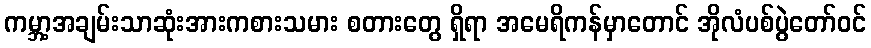
ကမ္ဘာ့အချမ်းသာဆုံးအားကစားသမား စတားတွေ ရှိရာ အမေရိကန်မှာတောင် အိုလံပစ်ပွဲတော်ဝင်